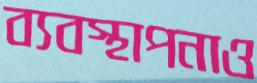
ব্যবস্থাপনাও